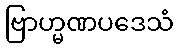
ဗြာဟ္မဏပဒေသံ